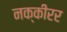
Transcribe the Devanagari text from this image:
नक्कीरर